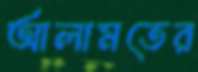
আলামতের